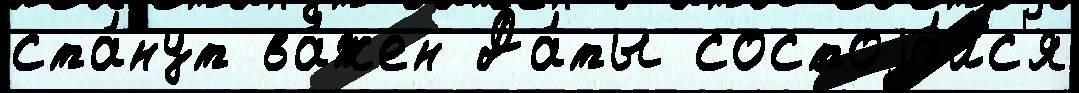
ста́нут ва́жен Да́ты состоjа́лс'я